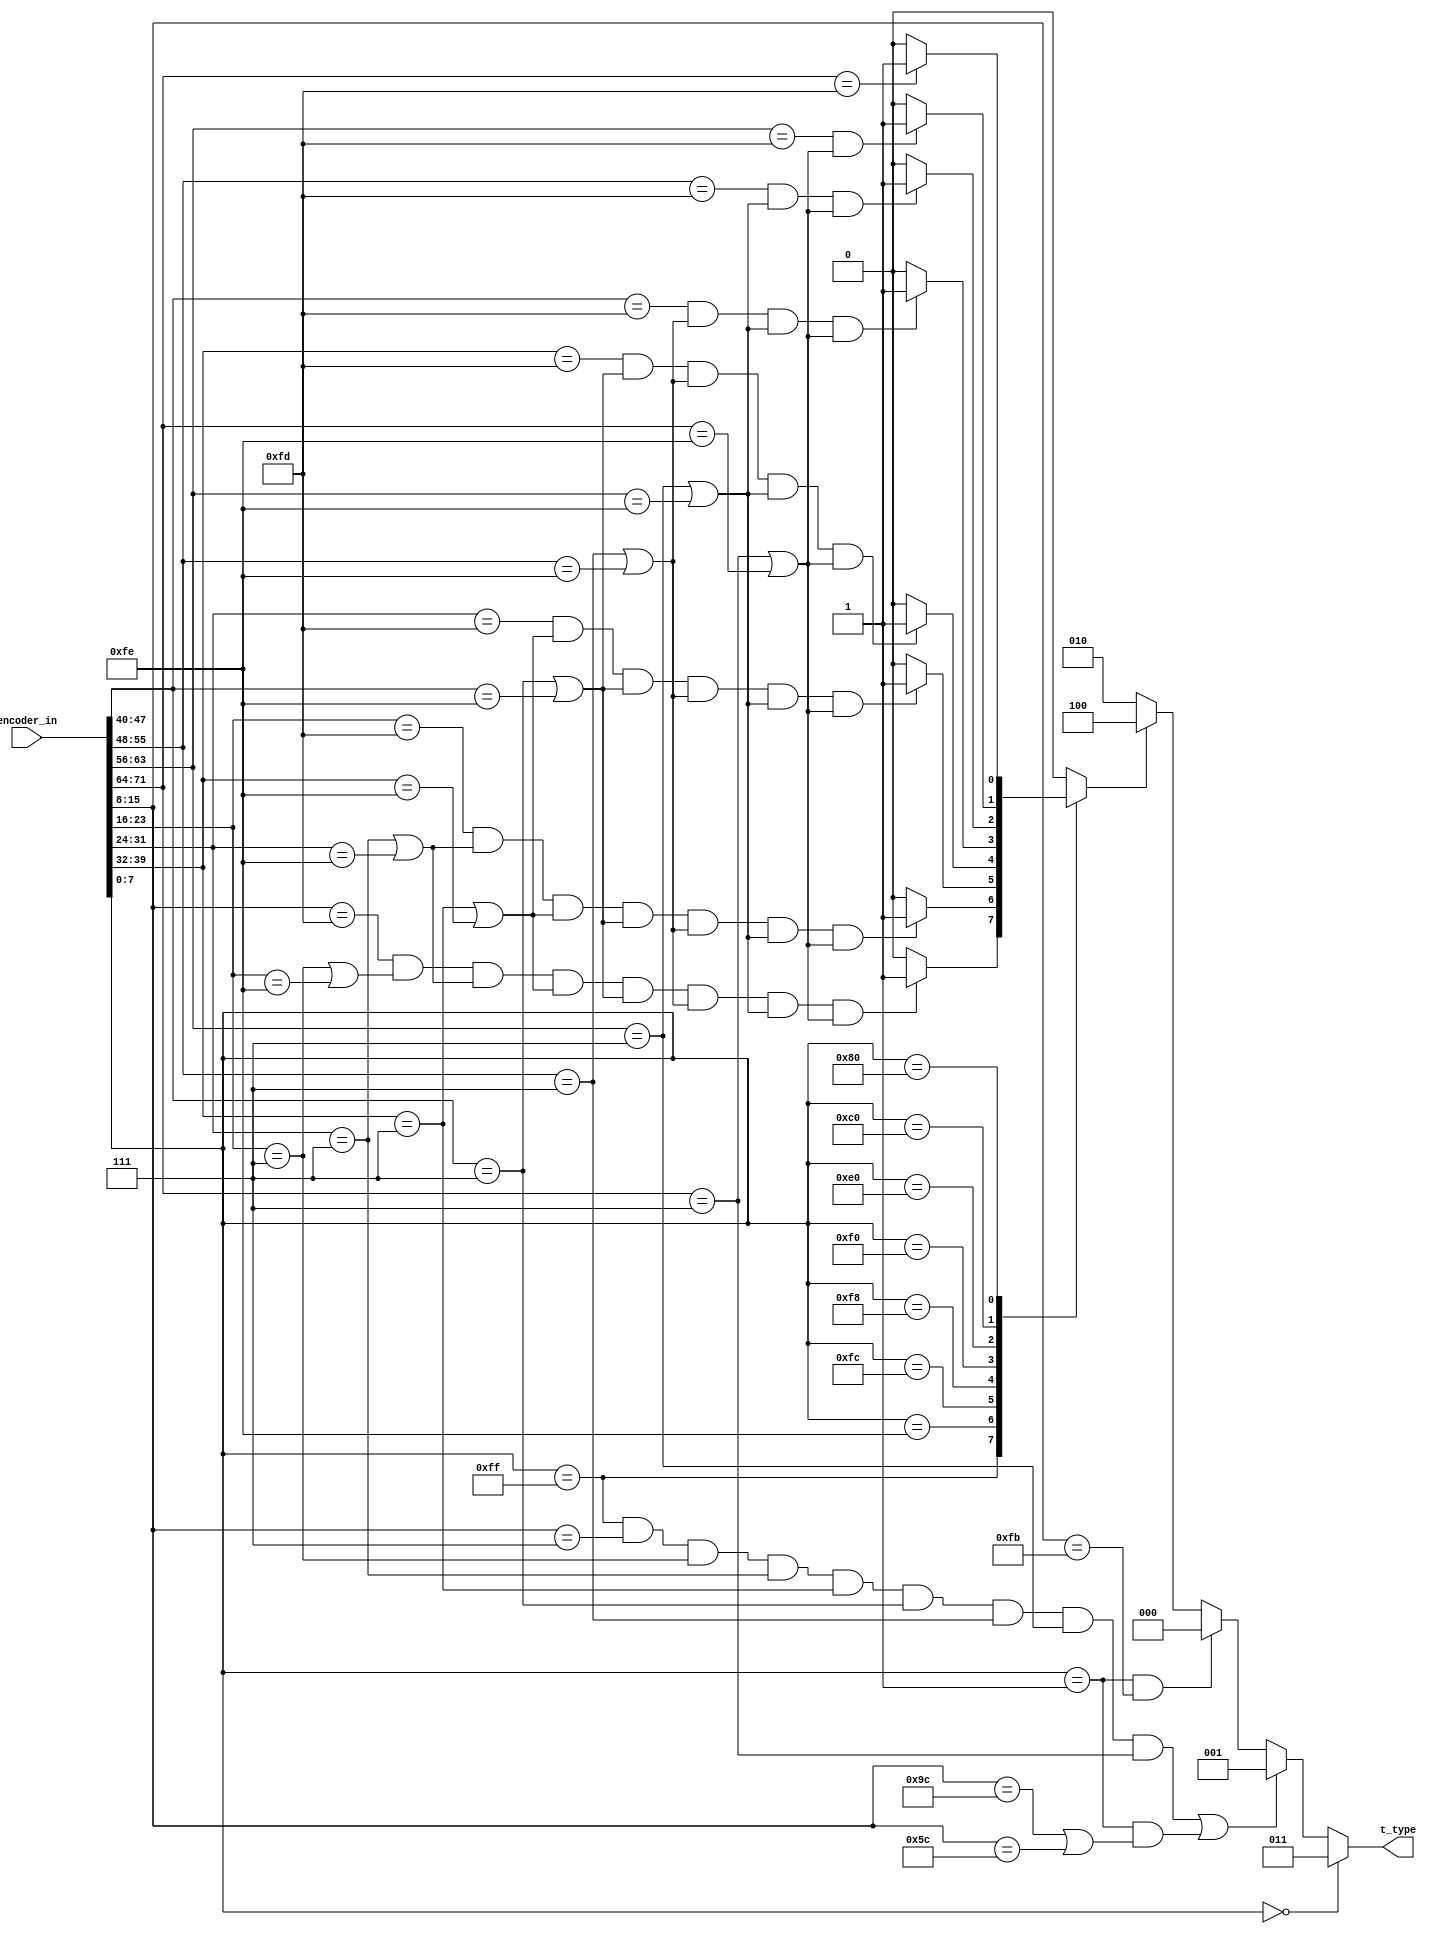
`timescale 1ns / 1ps
//////////////////////////////////////////////////////////////////////////////////
// Company: 
// Engineer: 
// 
// Design Name: 
// Module Name:    T_TYPE 
// Project Name: 
// Target Devices: 
// Tool versions: 
// Description: 
//
// Dependencies: 
//
// Revision: 
// Revision 0.01 - File Created
// Additional Comments: 
//
//////////////////////////////////////////////////////////////////////////////////
module T_TYPE(
   input wire [71:0] encoder_in,
   output reg [2:0] t_type    
);

//constants
localparam S = 3'b000;
localparam C = 3'b001;
localparam E = 3'b010;
localparam D = 3'b011;
localparam T = 3'b100;
//

wire is_idle_lane_0,is_idle_lane_1,is_idle_lane_2,is_idle_lane_3,
     is_idle_lane_4,is_idle_lane_5,is_idle_lane_6,is_idle_lane_7;
	  
wire is_error_lane_1,is_error_lane_2,is_error_lane_3,is_error_lane_4,is_error_lane_5
     ,is_error_lane_6,is_error_lane_7;

wire is_error_or_idle_lane_1,is_error_or_idle_lane_2,is_error_or_idle_lane_3
     ,is_error_or_idle_lane_4,is_error_or_idle_lane_5,is_error_or_idle_lane_6,is_error_or_idle_lane_7;	  

reg result;

///////////////////////////////////
always@*
begin
   if(encoder_in[7:0] == 8'b00000000)
      t_type = D;
   else if( ((encoder_in[7:0]==8'b11111111)&&is_idle_lane_0&&is_idle_lane_1&&is_idle_lane_2
	          &&is_idle_lane_3&&is_idle_lane_4&&is_idle_lane_5&&is_idle_lane_6&&is_idle_lane_7) ||
          ((encoder_in[7:0]==8'b00000001)&&((encoder_in[15:8]==8'h9c)||(encoder_in[15:8]==8'h5c))) )	
      t_type = C;
   else if((encoder_in[7:0]==8'b00000001)&&(encoder_in[15:8]==8'hFB))  
      t_type = S;
   else if(result)	
      t_type = T;
   else
      t_type = E; 	
end		


always@*
begin
	case(encoder_in[7:0])  
      8'b11111111:
		begin
		   if( (encoder_in[15:8]==8'hFD)&&is_error_or_idle_lane_1&&is_error_or_idle_lane_2&&is_error_or_idle_lane_3
              &&is_error_or_idle_lane_4&&is_error_or_idle_lane_5&&is_error_or_idle_lane_6&&is_error_or_idle_lane_7 )
			   result = 1'b1;
         else
            result = 1'b0; 			
		end
		8'b11111110:
		begin
		   if( (encoder_in[23:16]==8'hFD)&&is_error_or_idle_lane_2&&is_error_or_idle_lane_3
              &&is_error_or_idle_lane_4&&is_error_or_idle_lane_5&&is_error_or_idle_lane_6&&is_error_or_idle_lane_7 )
			   result = 1'b1;
         else
            result = 1'b0; 			
		end		
		8'b11111100:
		begin
		   if( (encoder_in[31:24]==8'hFD)&&is_error_or_idle_lane_3
              &&is_error_or_idle_lane_4&&is_error_or_idle_lane_5&&is_error_or_idle_lane_6&&is_error_or_idle_lane_7 )
			   result = 1'b1;
         else
            result = 1'b0; 			
		end		
		8'b11111000:
		begin
		   if( (encoder_in[39:32]==8'hFD)
              &&is_error_or_idle_lane_4&&is_error_or_idle_lane_5&&is_error_or_idle_lane_6&&is_error_or_idle_lane_7 )
			   result = 1'b1;
         else
            result = 1'b0; 			
		end		
		8'b11110000:
		begin
		   if( (encoder_in[47:40]==8'hFD)&&is_error_or_idle_lane_5&&is_error_or_idle_lane_6&&is_error_or_idle_lane_7 )
			   result = 1'b1;
         else
            result = 1'b0; 			
		end		
		8'b11100000:
		begin
		   if( (encoder_in[55:48]==8'hFD)&&is_error_or_idle_lane_6&&is_error_or_idle_lane_7 )
			   result = 1'b1;
         else
            result = 1'b0; 			
		end		
      8'b11000000:
		begin
		   if( (encoder_in[63:56]==8'hFD)&&is_error_or_idle_lane_7 )
			   result = 1'b1;
         else
            result = 1'b0; 			
		end		
      8'b10000000:
		begin
		   if( encoder_in[71:64]==8'hFD )
			   result = 1'b1;
         else
            result = 1'b0; 			
		end		
		default
         result = 1'b0;  		
   endcase		
end
///////////////////////////////////

///////////////////////////////////
assign is_idle_lane_0 = (encoder_in[15:8] == 8'h07);
assign is_idle_lane_1 = (encoder_in[23:16] == 8'h07);
assign is_idle_lane_2 = (encoder_in[31:24] == 8'h07);
assign is_idle_lane_3 = (encoder_in[39:32] == 8'h07);
assign is_idle_lane_4 = (encoder_in[47:40] == 8'h07);
assign is_idle_lane_5 = (encoder_in[55:48] == 8'h07);
assign is_idle_lane_6 = (encoder_in[63:56] == 8'h07);
assign is_idle_lane_7 = (encoder_in[71:64] == 8'h07);

assign is_error_lane_1 = (encoder_in[23:16] == 8'hFE);
assign is_error_lane_2 = (encoder_in[31:24] == 8'hFE);
assign is_error_lane_3 = (encoder_in[39:32] == 8'hFE);
assign is_error_lane_4 = (encoder_in[47:40] == 8'hFE);
assign is_error_lane_5 = (encoder_in[55:48] == 8'hFE);
assign is_error_lane_6 = (encoder_in[63:56] == 8'hFE);
assign is_error_lane_7 = (encoder_in[71:64] == 8'hFE);

assign is_error_or_idle_lane_1 = (is_idle_lane_1 || is_error_lane_1);
assign is_error_or_idle_lane_2 = (is_idle_lane_2 || is_error_lane_2);
assign is_error_or_idle_lane_3 = (is_idle_lane_3 || is_error_lane_3);
assign is_error_or_idle_lane_4 = (is_idle_lane_4 || is_error_lane_4);
assign is_error_or_idle_lane_5 = (is_idle_lane_5 || is_error_lane_5);
assign is_error_or_idle_lane_6 = (is_idle_lane_6 || is_error_lane_6);
assign is_error_or_idle_lane_7 = (is_idle_lane_7 || is_error_lane_7);
///////////////////////////////////
endmodule